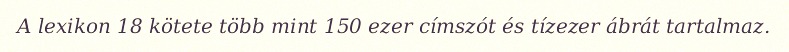
A lexikon 18 kötete több mint 150 ezer címszót és tízezer ábrát tartalmaz.